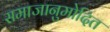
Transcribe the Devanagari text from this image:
समाजानुमोदित